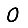
Digit: 0